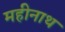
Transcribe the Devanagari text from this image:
महीनाथ